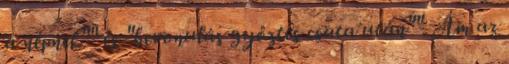
a népnek"" és "bevonulás győztes csata után"". Ám az